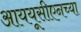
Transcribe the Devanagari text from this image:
आययूसीएनच्या